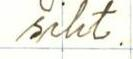
siht.